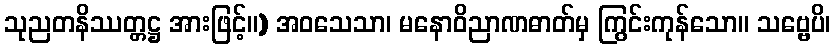
သုညတနိဿတ္တဋ္ဌ အားဖြင့်။) အဝသေသာ၊ မနောဝိညာဏဓာတ်မှ ကြွင်းကုန်သော။ သဗ္ဗေပိ၊